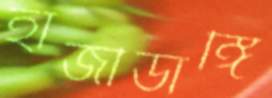
হাজীডাঙ্গি